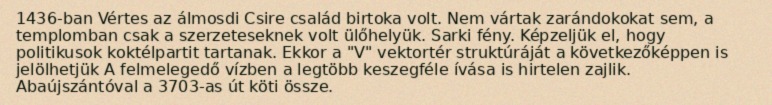
1436-ban Vértes az álmosdi Csire család birtoka volt. Nem vártak zarándokokat sem, a templomban csak a szerzeteseknek volt ülőhelyük. Sarki fény. Képzeljük el, hogy politikusok koktélpartit tartanak. Ekkor a "V" vektortér struktúráját a következőképpen is jelölhetjük A felmelegedő vízben a legtöbb keszegféle ívása is hirtelen zajlik. Abaújszántóval a 3703-as út köti össze.